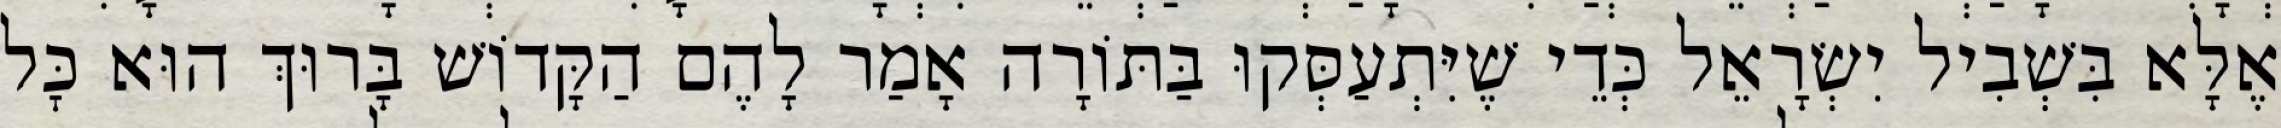
אֶלָּא בִּשְׁבִיל יִשְׂרָאֵל כְּדֵי שֶׁיִּתְעַסְּקוּ בַּתּוֹרָה אָמַר לָהֶם הַקָּדוֹשׁ בָּרוּךְ הוּא כׇּל